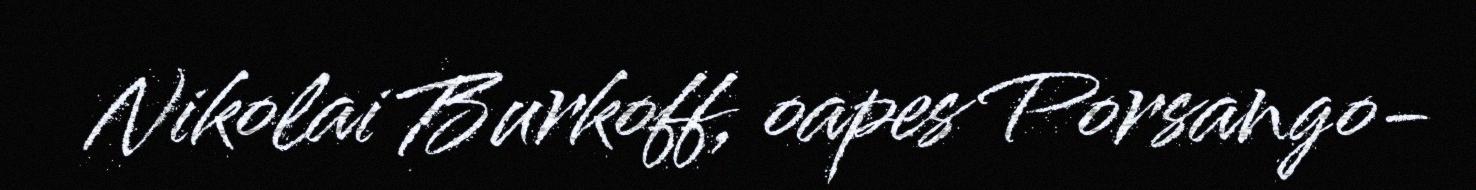
Nikolai Burkoff, oapes Porsango-